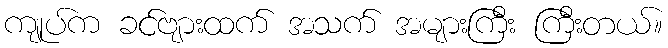
ကျုပ်က ခင်ဗျားထက် အသက် အများကြီး ကြီးတယ်။